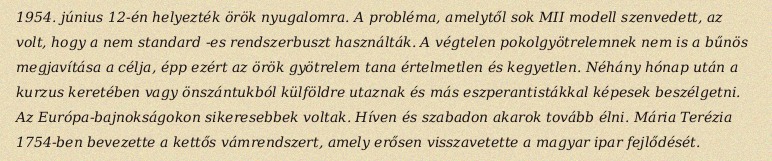
1954. június 12-én helyezték örök nyugalomra. A probléma, amelytől sok MII modell szenvedett, az volt, hogy a nem standard -es rendszerbuszt használták. A végtelen pokolgyötrelemnek nem is a bűnös megjavítása a célja, épp ezért az örök gyötrelem tana értelmetlen és kegyetlen. Néhány hónap után a kurzus keretében vagy önszántukból külföldre utaznak és más eszperantistákkal képesek beszélgetni. Az Európa-bajnokságokon sikeresebbek voltak. Híven és szabadon akarok tovább élni. Mária Terézia 1754-ben bevezette a kettős vámrendszert, amely erősen visszavetette a magyar ipar fejlődését.